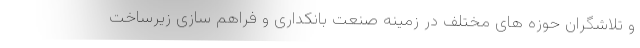
و تلاشگران حوزه های مختلف در زمینه صنعت بانکداری و فراهم سازی زیرساخت